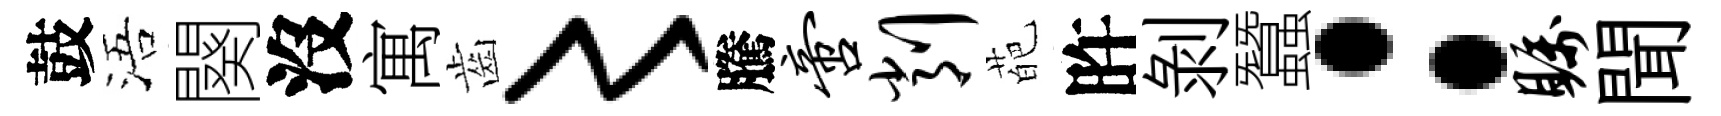
鼓浯闋沒寓齒〻騰啻削葩旿剝蠶：瞩聞